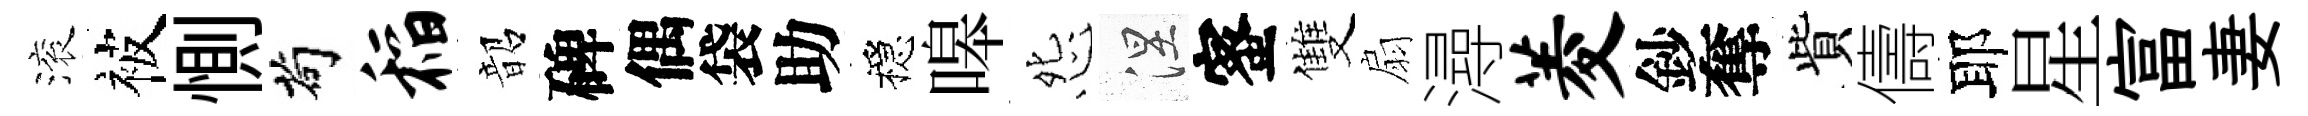
滚被惻茍稻韶碑偶袋助穩嗥怨涅蜜雙扇潯菱鈔奪貲儔耶星富妻